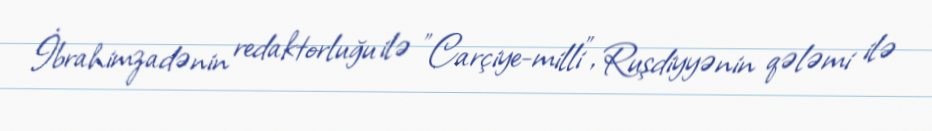
İbrahimzadənin redaktorluğu ilə "Carçiye-milli", Ruşdiyyənin qələmi ilə